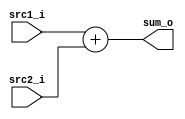
//Subject:     Architecture project 3 - Adder
//--------------------------------------------------------------------------------
//Version:     1
//--------------------------------------------------------------------------------
//Writer:      Zhang Linghao
//----------------------------------------------
//----------------------------------------------
//Description: 
//--------------------------------------------------------------------------------

module Adder(
    src1_i,
	src2_i,
	sum_o
	);
     
//I/O ports
input  [32-1:0]  src1_i;
input  [32-1:0]	 src2_i;
output [32-1:0]	 sum_o;

//Internal Signals
reg    [32-1:0]	 sum_o;

//Parameter
    
//Main function
always@(src1_i or src2_i) begin
    sum_o = src1_i + src2_i;
end

endmodule